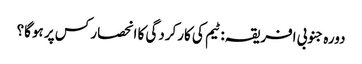
دورہ جنوبی افریقہ: ٹیم کی کارکردگی کا انحصار کس پر ہوگا؟